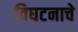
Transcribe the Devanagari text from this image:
विघटनाचे